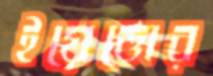
ইয়েত্তোর